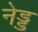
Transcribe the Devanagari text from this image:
नेड्ड